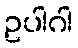
ဥပါဂါ